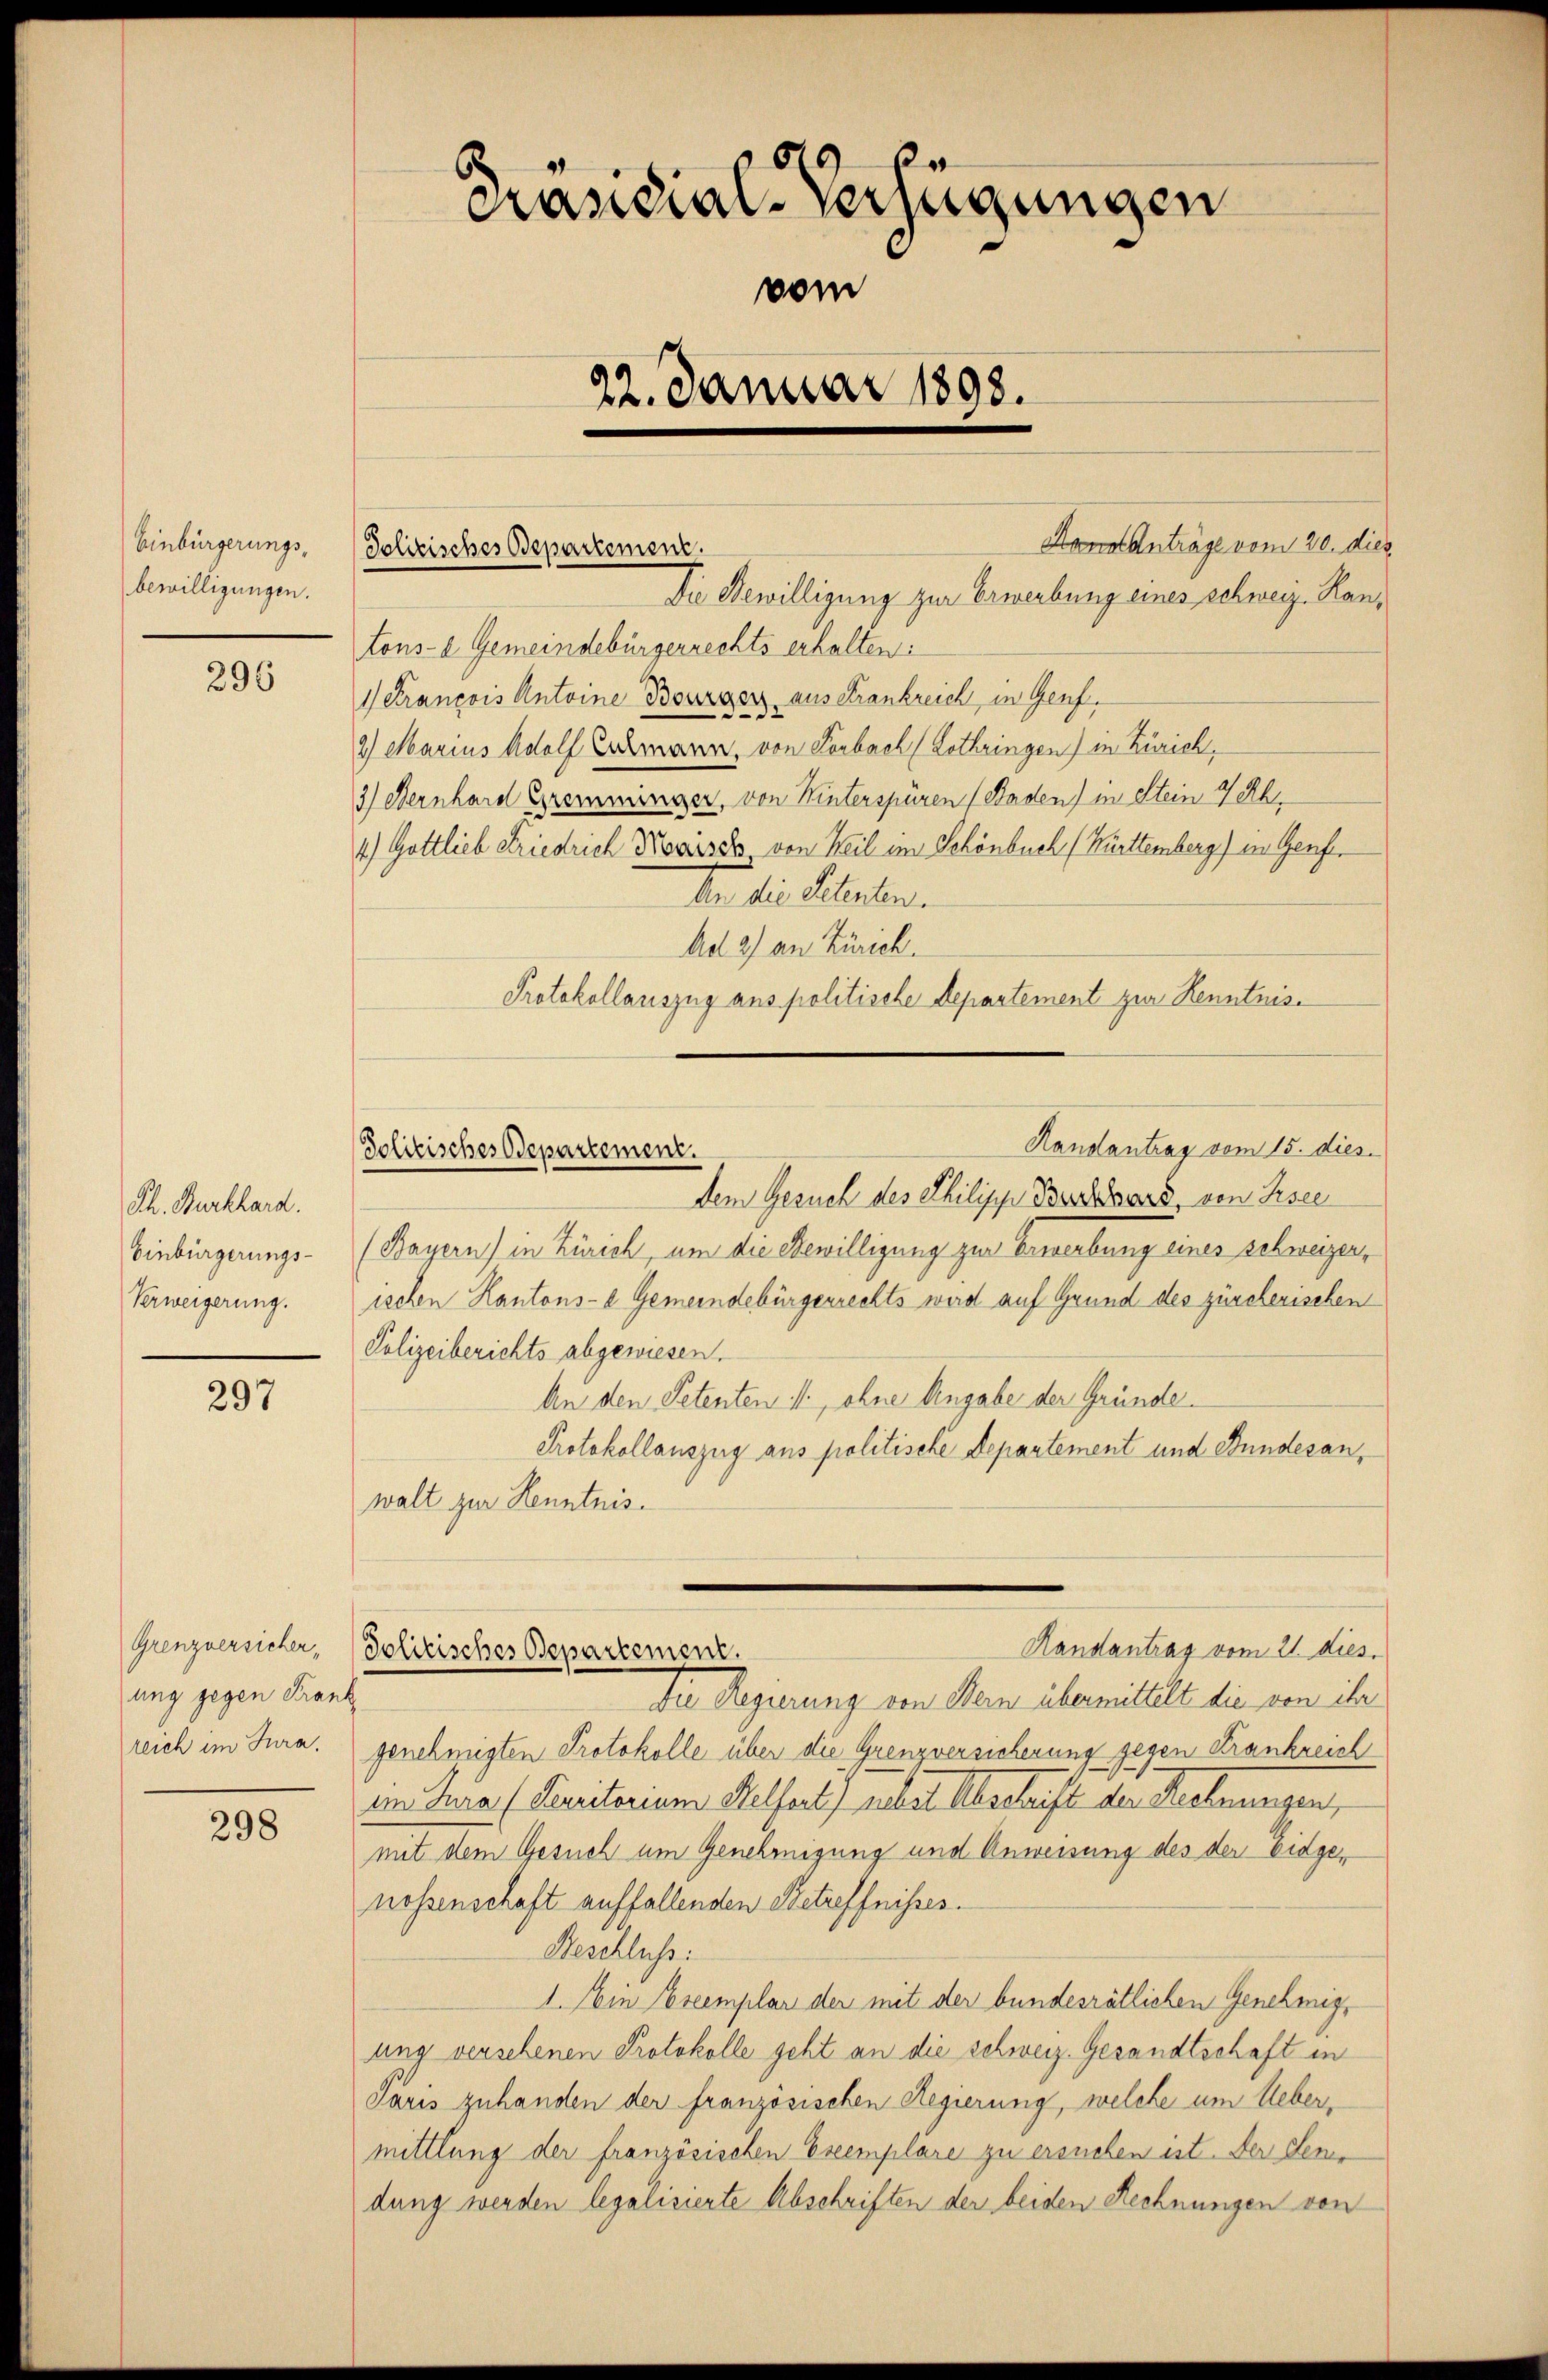
Einbürgerungsbewilligungen.

296

Ph. Burkhard.
Einbürgerungs-
Verweigerung.

297

Grenzversicher,
ung gegen Frank
reich im Jura.

298

Hannt Anträge vom 20. die
Die Bewilligung zur Erwerbung eines schweiz. Kantons- 2 Gemeindebürgerrechts erhalten:
1 Krancois Antoine Bourger aus Frankreich in Genf,
2) Marius Adolf Ermann, von Forbach (Lothringen) in Zürich,
3) Bernhard Gremmenger, von Winterspüren (Enden) in Stein 7 Uh
4) Gottlich Friedrich Norisch von Heil im Schönbuch Württemberg) in Genf,
An die Petenten.
Ad 2) an Zürich.
Protokollauszug aus politische Departement zur Kenntnisdem Gesuch des Philipp Bossard, von Risee
(Bayern) in Zürich, um die Bewilligung zur Erwerbung eines schweizer,
ischen Kantons- & Gemeindebürgerrechts wird auf Grund des zürcherischen
Polizeiberichts abgewiesen.
An den Petenten 11., ohne Angabe der Gründe
Protokollauszug aus politische Departement und Bundesanwalt zur Kenntnis.
Randantrag vom 21. dies.
Politisches Departement.
Die Regierung von Dein übermittelt die von ihr
genehmigten Protokolle über die Grenzversicherung gegen Krankreich
eim Turia (Deritorium Helfert) nebst Abschrift der Rechnungen
mit dem Gesuch um Genehmigung und Anweisung des der einge,
nossenschaft auffallenden Betreffnisses.
Beschluss:
1. Ein Exemplar der mit der bundesrätlichen Genehmigung versehenen Protokolle geht an die schweiz. Gesandtschaft in
Jaris zuhanden der französischen Regierung, welche um Uebermittlung der französischen Exemplare zu ersuchen ist. Der Sendung werden legalisierte Abschriften der beiden Rechnungen von

6
Präsidial-Verfügungen
vom
22. Januar 1898.

Solitisches Departement.

Politisches Departement.

Handantrag vom 15. dies.